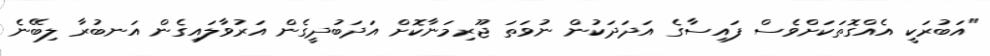
"އަބުރަކީ އެއްގޮތަކަށްވެސް ފައިސާގެ އަދަދަކުން ނުވަތަ ޖޫރިމަނާކޮށް އަދަބުދީގެން އަރުވާލައިގެން އަނބުރާ ލިބޭނެ